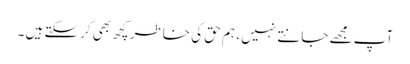
آپ مجھے جانتے نہیں ، ہم حق کی خاطر کچھ بھی کرسکتے ہیں ۔